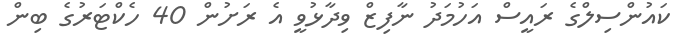
ކައުންސިލްގެ ރައީސް އަހުމަދު ނާފިޒް ވިދާޅުވީ އެ ރަށުން 40 ހެކްޓަރުގެ ބިން